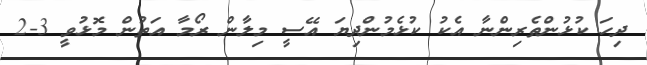
ދިހަ ކުޅުންތެރިންނާ އެކު ކުޅެމުންދިޔަ އޭސީ މިލާން ރޯމާ އަތުން މޮޅުވީ 3-2